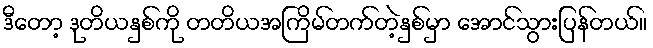
ဒီတော့ ဒုတိယနှစ်ကို တတိယအကြိမ်တက်တဲ့နှစ်မှာ အောင်သွားပြန်တယ်။